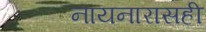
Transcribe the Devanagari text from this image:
नायनारासही